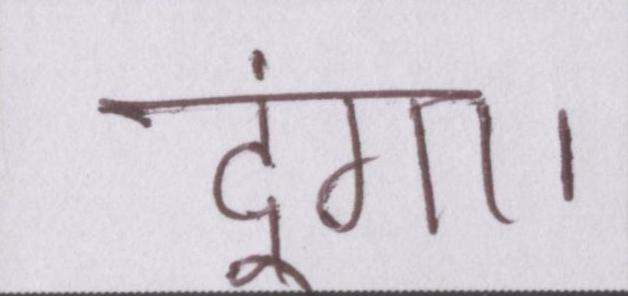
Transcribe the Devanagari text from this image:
दूंगा।